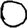
Digit: 0